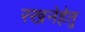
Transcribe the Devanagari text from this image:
रखनेहेतु